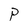
Character: P